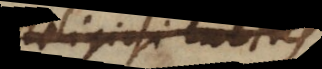
religiosi cultus